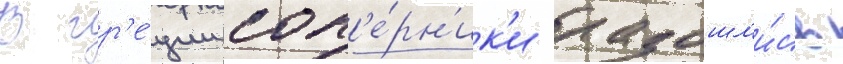
В гр'е́ции соп'е́рн'ик'и разошл'и́сь